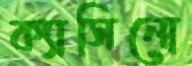
ক্যাসিনো